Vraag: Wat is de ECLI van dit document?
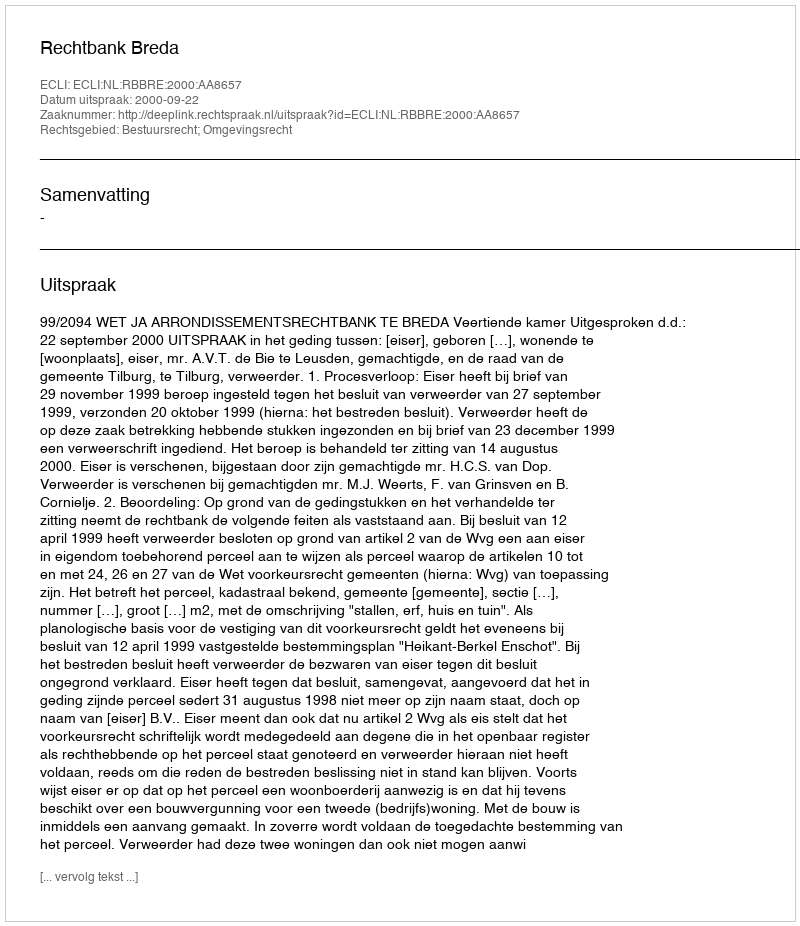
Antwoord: ECLI:NL:RBBRE:2000:AA8657